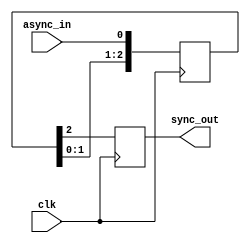
// Asynchronous Input Synchronization
//
// The following code is an example of synchronizing an asynchronous input
// of a design to reduce the probability of metastability affecting a circuit.
//
// The following synthesis and implementation attributes is added to the code
// in order improve the MTBF characteristics of the implementation:
//
//  ASYNC_REG="TRUE" - Specifies registers will be receiving asynchronous data
//                     input to allow tools to report and improve metastability
//
// The following parameters are available for customization:
//
//   SYNC_STAGES     - Integer value for number of synchronizing registers, must be 2 or higher
//   PIPELINE_STAGES - Integer value for number of registers on the output of the
//                     synchronizer for the purpose of improveing performance.
//                     Particularly useful for high-fanout nets.
//   INIT            - Initial value of synchronizer registers upon startup, 1'b0 or 1'b1.

module RST_SYNC #(
   parameter SYNC_STAGES = 3,
   parameter PIPELINE_STAGES = 1,
   parameter INIT = 1'b0
) (
   input clk,
   input async_in,
   output sync_out
);

   (* ASYNC_REG="TRUE" *) reg [SYNC_STAGES-1:0] sreg = {SYNC_STAGES{INIT}};

   always @(posedge clk)
     sreg <= {sreg[SYNC_STAGES-2:0], async_in};

   generate
      if (PIPELINE_STAGES==0) begin: no_pipeline

         assign sync_out = sreg[SYNC_STAGES-1];

      end else if (PIPELINE_STAGES==1) begin: one_pipeline

         reg sreg_pipe = INIT;

         always @(posedge clk)
            sreg_pipe <= sreg[SYNC_STAGES-1];

         assign sync_out = sreg_pipe;

      end else begin: multiple_pipeline

        (* shreg_extract = "no" *) reg [PIPELINE_STAGES-1:0] sreg_pipe = {PIPELINE_STAGES{INIT}};

         always @(posedge clk)
            sreg_pipe <= {sreg_pipe[PIPELINE_STAGES-2:0], sreg[SYNC_STAGES-1]};

         assign sync_out = sreg_pipe[PIPELINE_STAGES-1];

      end
   endgenerate

endmodule

// The following is an instantiation template for async_input_sync
/*
// Asynchronous Input Synchronization
async_input_sync #(
   .SYNC_STAGES(3),
   .PIPELINE_STAGES(1),
   .INIT(1'b0)
) your_instance_name (
   .clk(clk),
   .async_in(async_in),
   .sync_out(sync_out)
);
*/